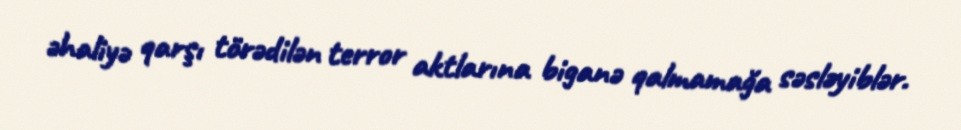
əhaliyə qarşı törədilən terror aktlarına biganə qalmamağa səsləyiblər.